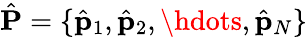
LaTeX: \hat{\mathbf{P}}=\{ \hat{\mathbf{p}}_{1},\hat{\mathbf{p}}_{2},\hdots,\hat{\mathbf{p}}_{N}\}